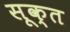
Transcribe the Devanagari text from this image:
सूक्‍त